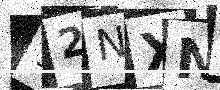
Text: 12NXNH